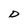
Character: D